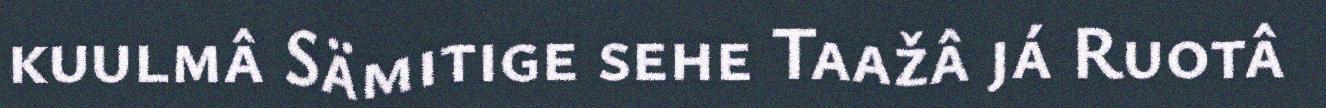
kuulmâ Sämitige sehe Taažâ já Ruotâ